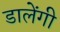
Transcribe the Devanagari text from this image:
डालेंगी